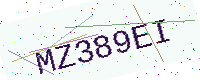
Text: MZ389EI